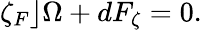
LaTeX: \zeta_{F}\rfloor\Omega+dF_{\zeta}=0.